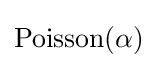
\mathrm {Poisson} (\alpha )